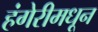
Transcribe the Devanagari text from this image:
हंगेरीमधून